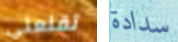
تقنعني سدادة